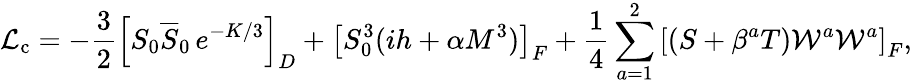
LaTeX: {\cal L}_{\mathrm{c}}=-{\frac{3}{2}}\left[S_{0}\overline{{S}}_{0}\, e^{-K/3}\right]_{D}+\left[S_{0}^{3}(ih+\alpha M^{3})\right]_{F}+{\frac{1}{4}}\sum_{a=1}^{2}{\left[(S+\beta^{a}T){\cal W}^{a}{\cal W}^{a}\right]_{F}},